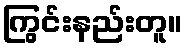
ကြွင်းနည်းတူ။